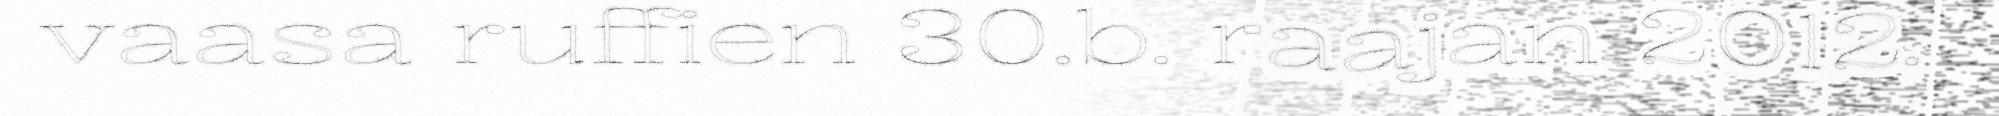
vaasa ruffien 30.b. raajan 2012.